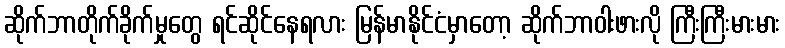
ဆိုက်ဘာတိုက်ခိုက်မှုတွေ ရင်ဆိုင်နေရလား မြန်မာနိုင်ငံမှာတော့ ဆိုက်ဘာဝါးဖားလို ကြီးကြီးမားမား